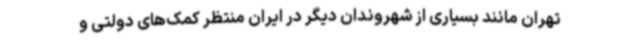
تهران مانند بسیاری از شهروندان دیگر در ایران منتظر کمک‌های دولتی و